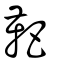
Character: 靶